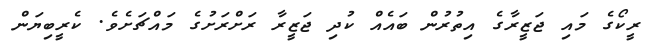
ރީކޯގެ މައި ޖަޒީރާގެ އިތުރުން ބައެއް ކުދި ޖަޒީރާ ރަށްރަށުގެ މައްޗަށެވެ. ކެރީބިޔަން